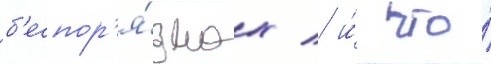
б'еспор'я́дках / и́ что́